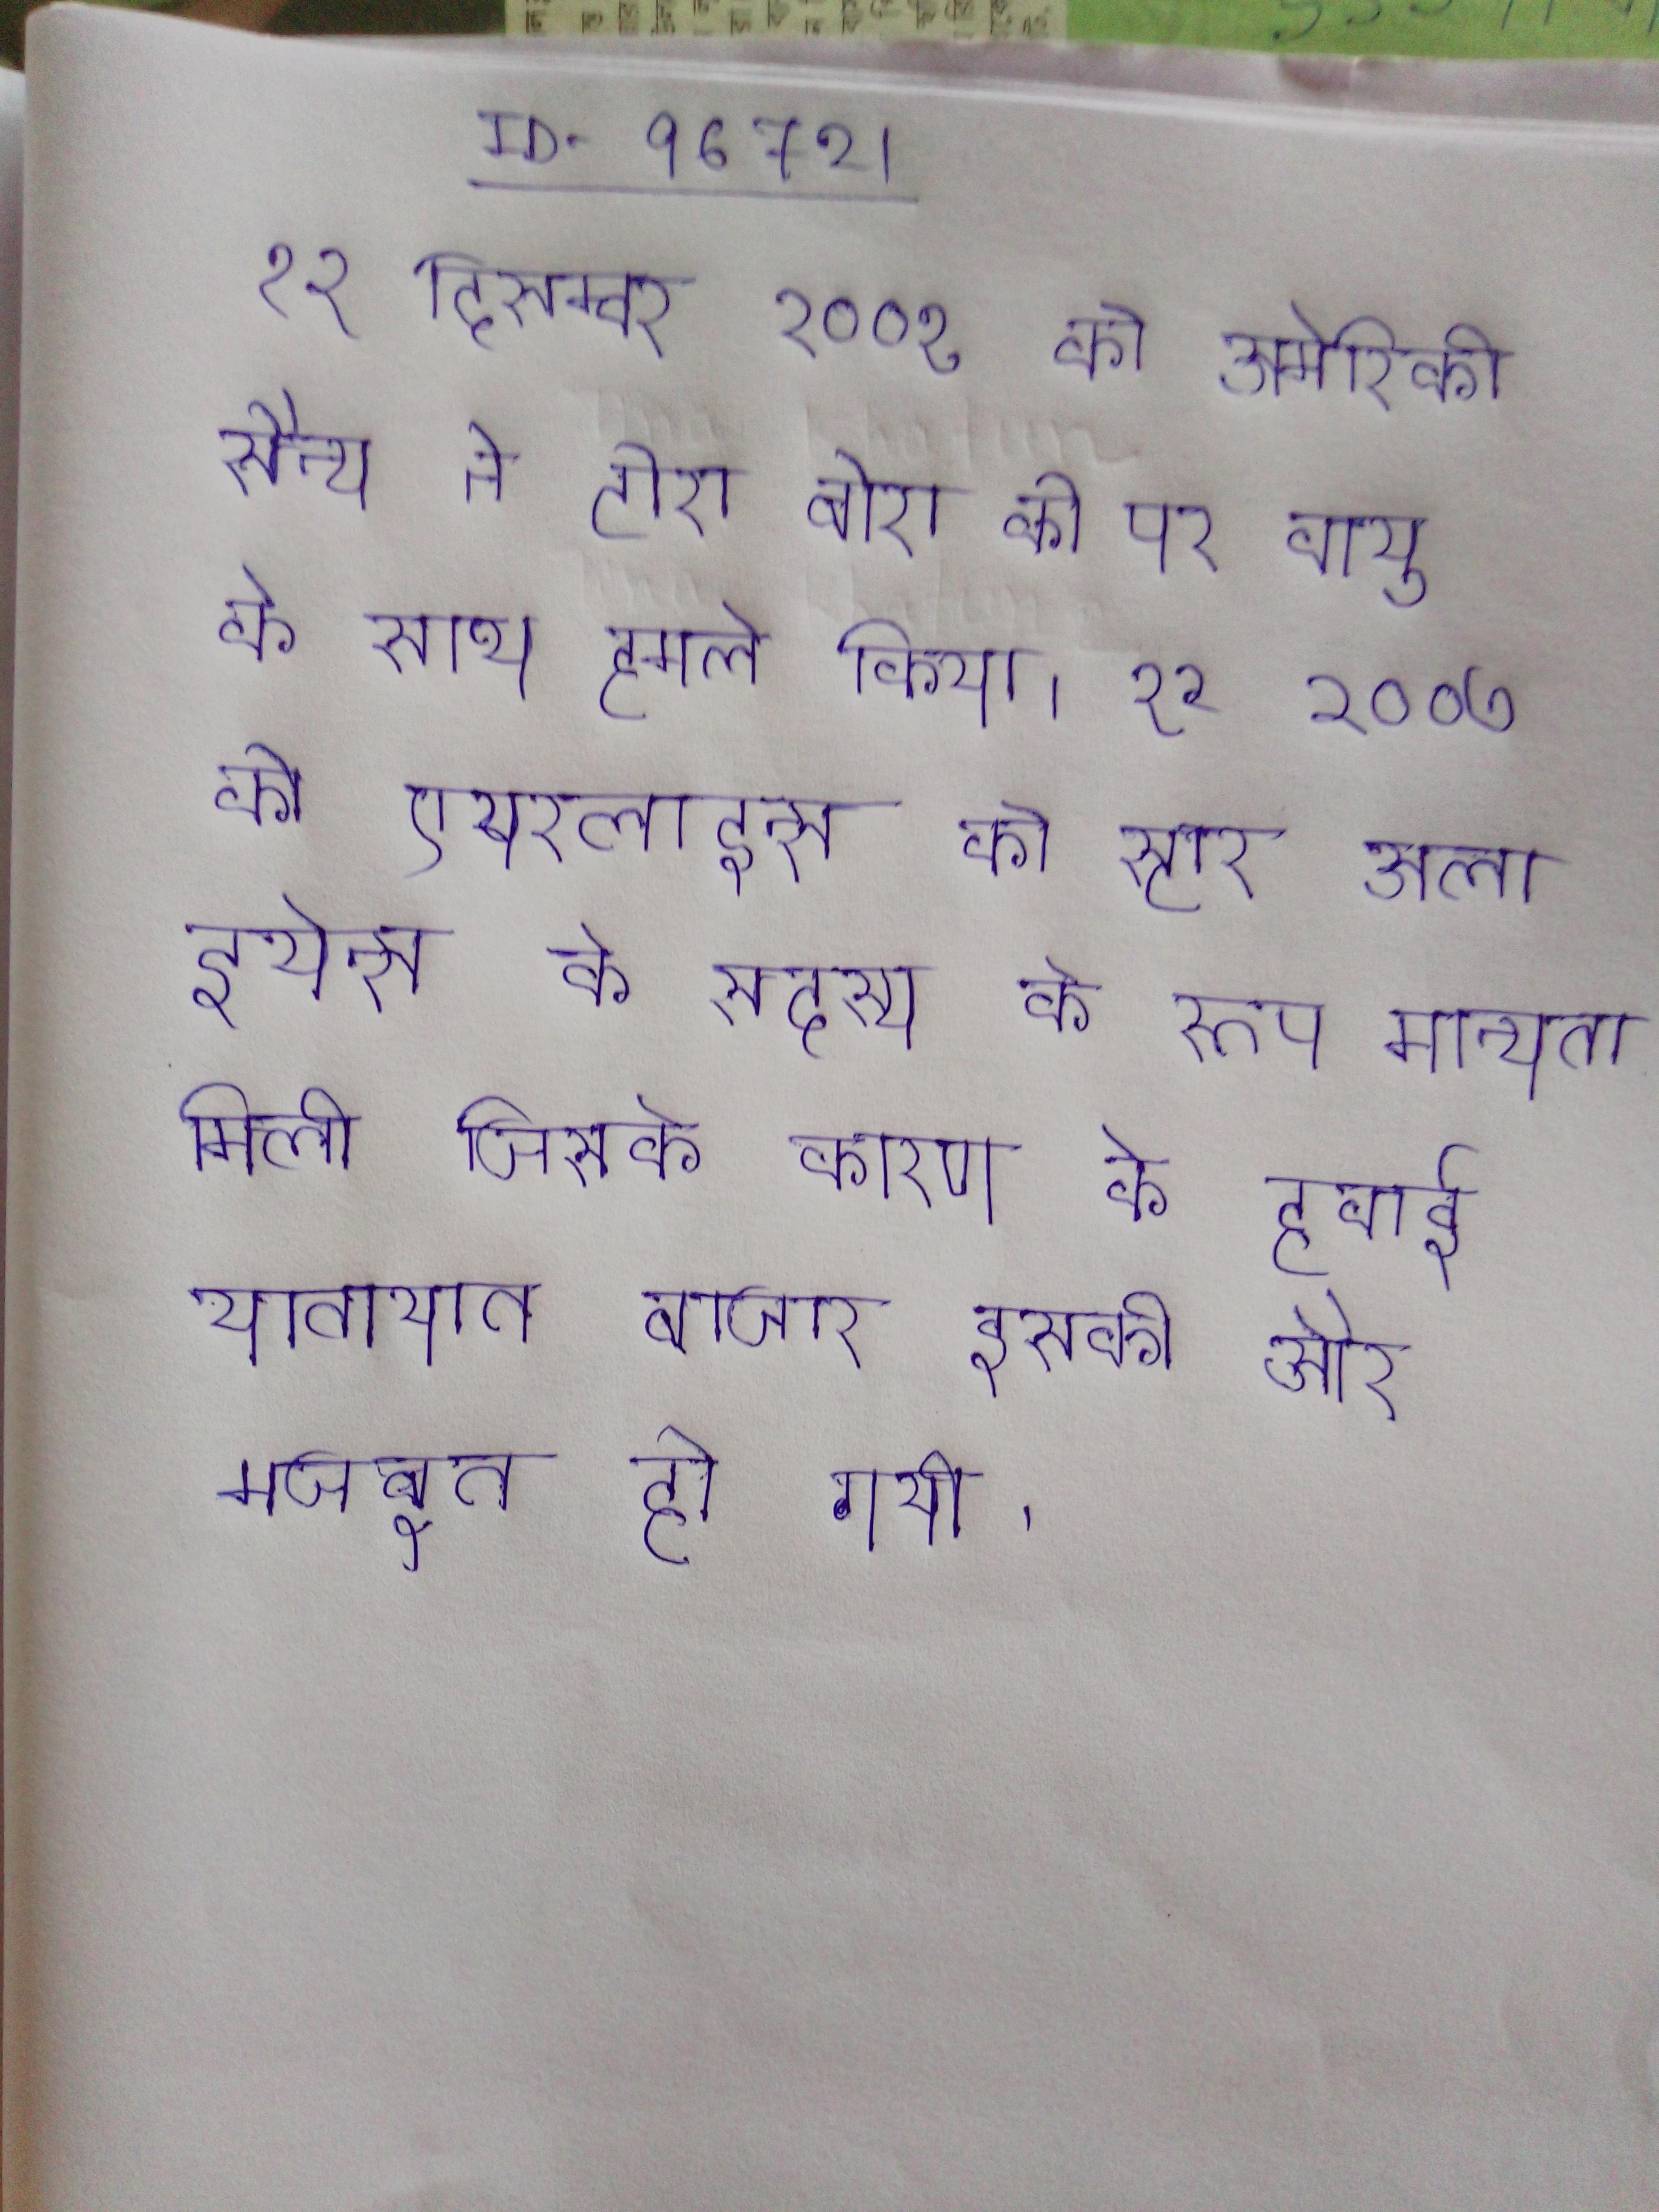
१२ दिसम्बर २००१ को अमेरिकी सैन्य ने टोरा बोरा की पर वायु सेना के साथ हमले किया । १२ २००७ को एयरलाइन्स को स्टार अलाइयेन्स के सदस्य के रूप मान्यता मिली जिसके कारण के हवाई यातायात बाजार इसकी और मजबूत हो गयी ।